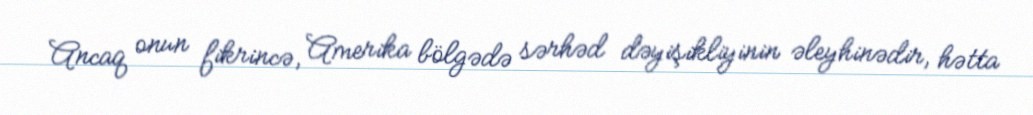
Ancaq onun fikrincə, Amerika bölgədə sərhəd dəyişikliyinin əleyhinədir, hətta